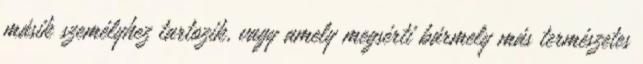
másik személyhez tartozik, vagy amely megsérti bármely más természetes